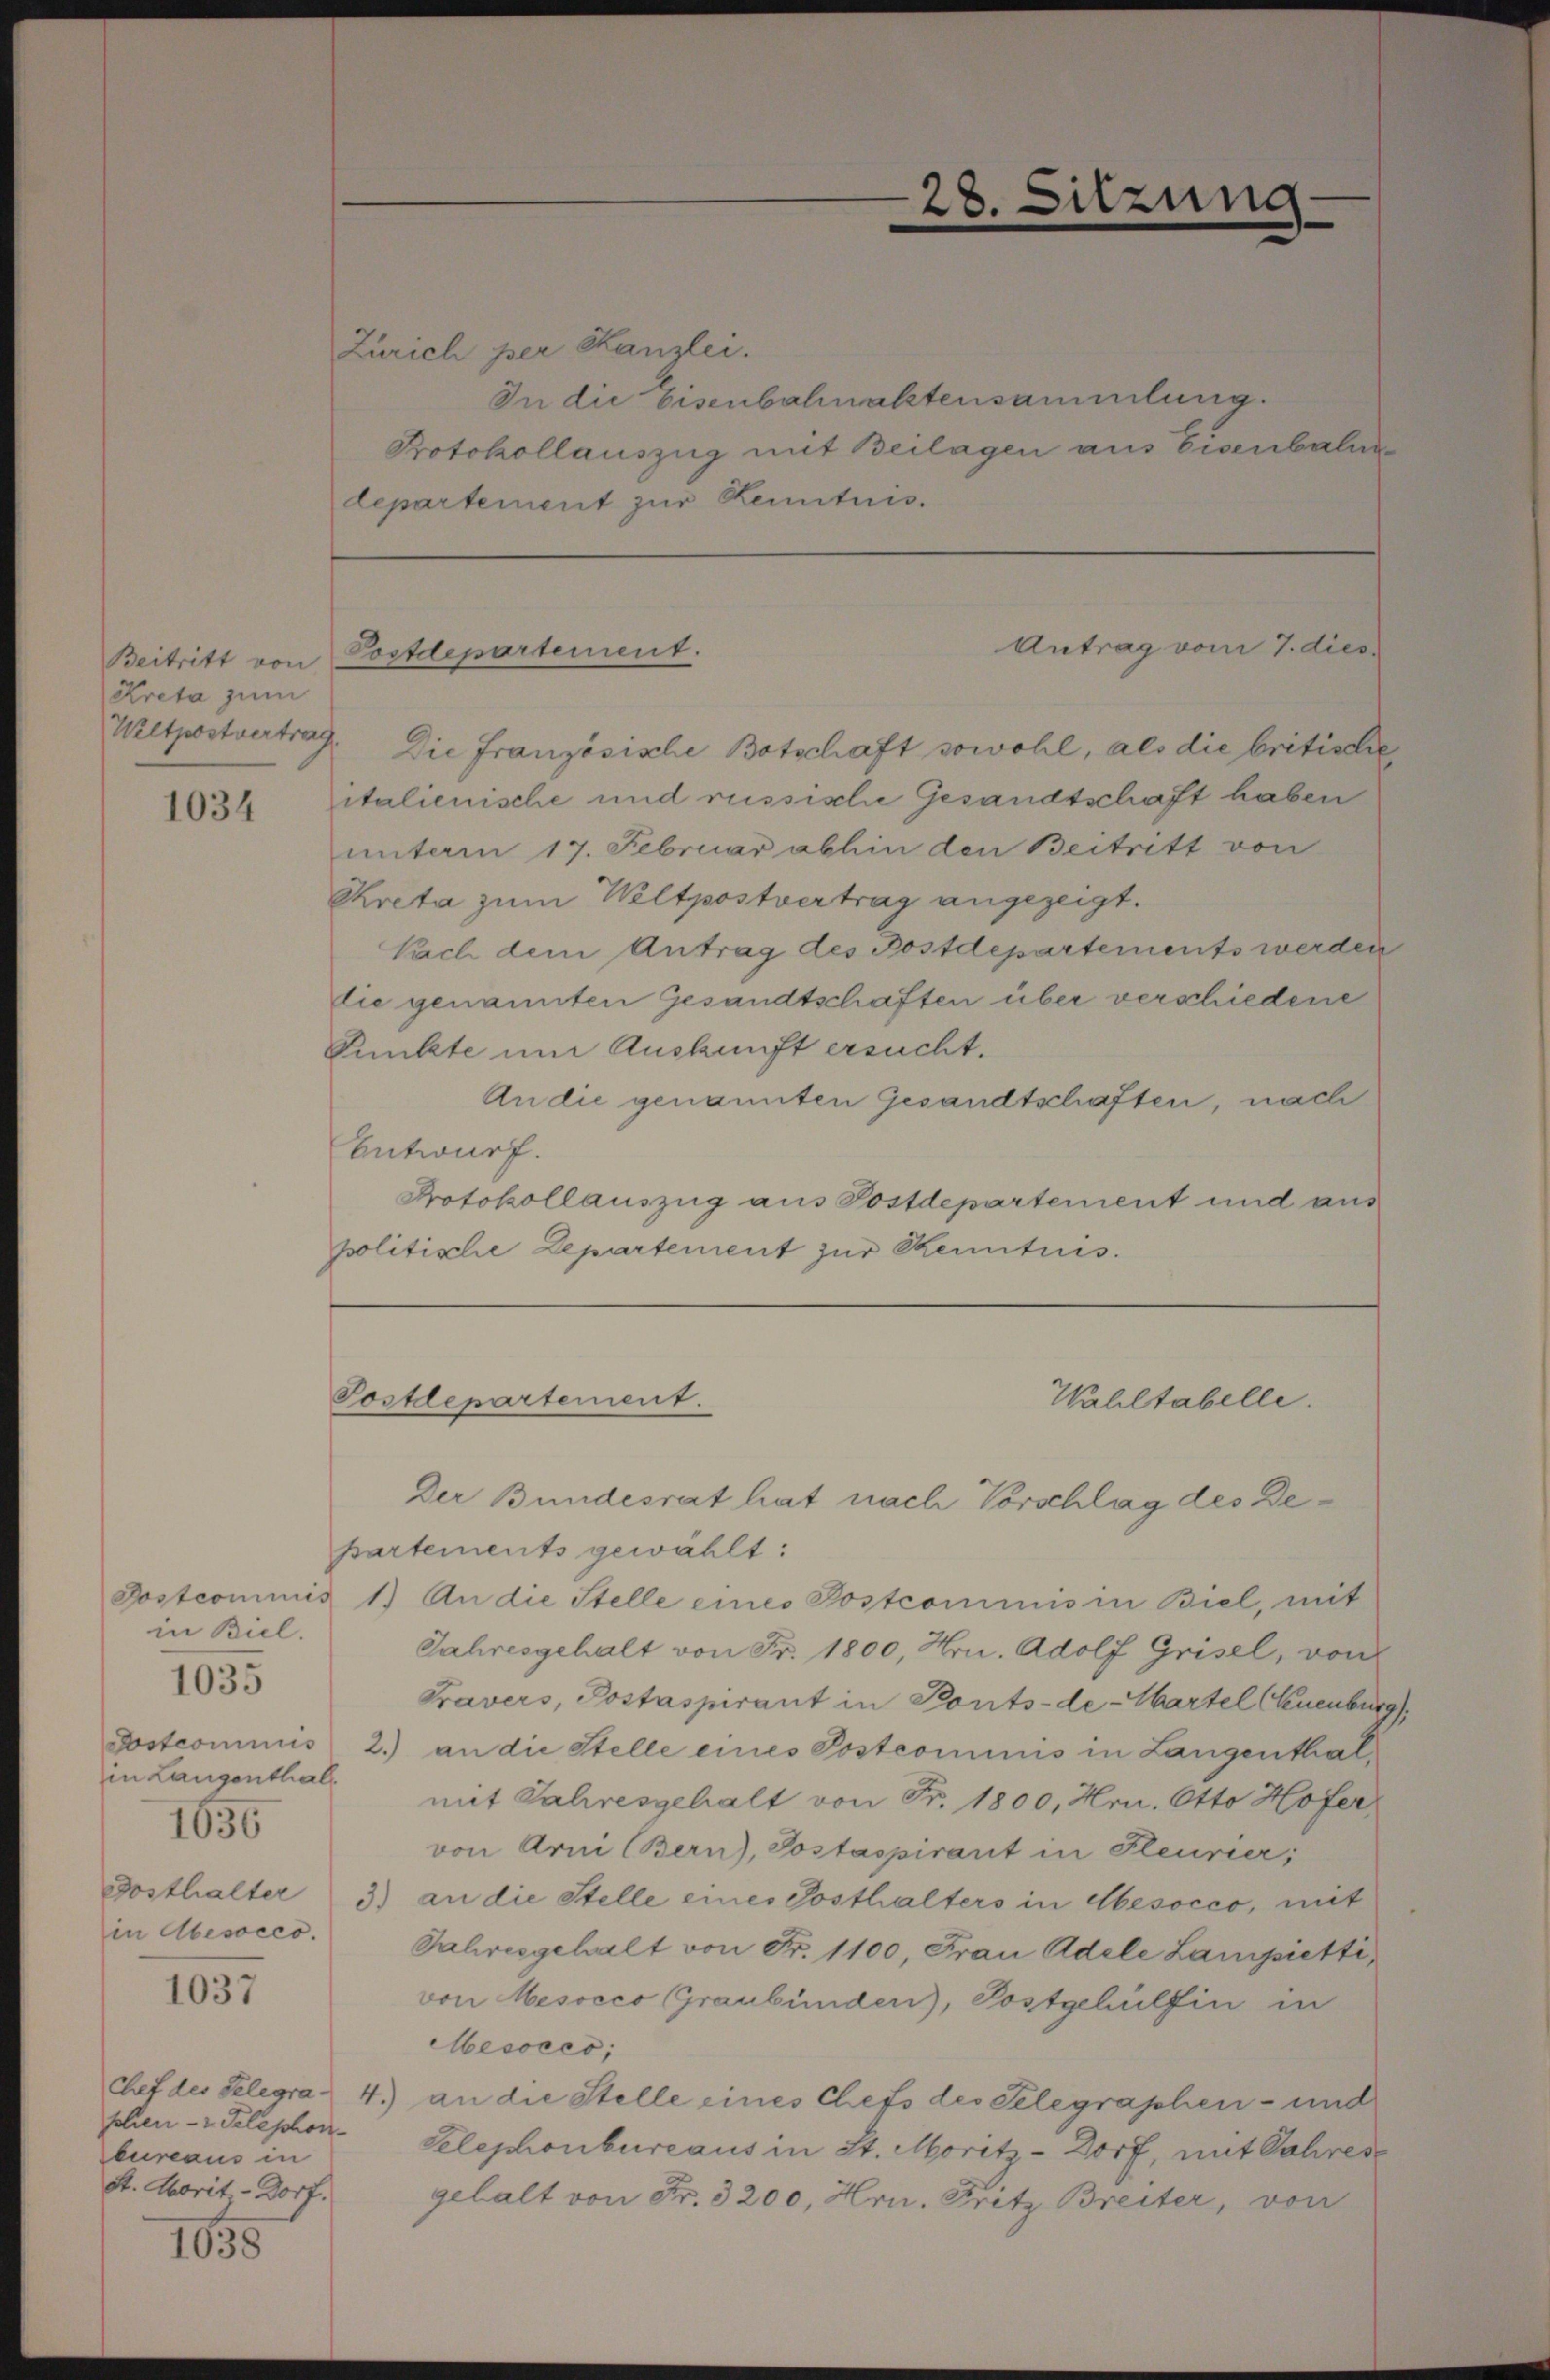
Beitritt von
Kreta zum

1034

in Biel.
in Langenthal
1656
in Abesocco.

1035

1037

sochen - z Telephon-
bureaus in
St. Morit-Dorf.

1855

Zürich per Kanzlei.
In die Eisenbahnaktensammlung.
Protokollauszug mit Beilagen aus Eisenbaln
departement zur Kenntnis.

Wltpostvertrag. Die Französische Botschaft sowohl, als die britische
italienische und russische Gesandtschaft haben
unterm 17. Februar abhin den Beitritt von
Kreta zum Wiltpostvertrag angezeigt.
Nach dem Antrag des Postdepartements werden
die genannten Gesandtschaften über verschiedene
Punkte um Auskunft ersucht.
An die genannten Gesandtschaften, nach
Entwurf.
Protokollauszug aus Postdepartement und aus
politische Departement zur Kenntnis.

Postdepartement.

Postdepartement.

2

.

Antrag vom 7. dies

Wahltabelle.

Der Bundesrat hat nach Vorschlag des De¬

partements gewählt:
Postcommis 1.) An die Stelle eines Postcommis in Biel, mit
Jahresgehalt von Fr. 1800, Hrn. Adolf Grisel, von
Pravers, Postaspirant in Ponts-de-Wartel (Cuenburg
Postcommis 2.) an die Stelle eines Postcommis in Langenthalmit Jahresgehalt von Fr. 1800, Hrn. Otto Hofer
von Arni (Bern), Postaspirant in Pleurier,
Dosthalter 3) an die Stelle eines Posthalters in Mesocco, mit
Jahresgehalt von Fr. 1100, Frau Adele Lampietti,
von Mesocco Graubünden), Postgehülfen in
Mesocco;
Chef des Selegra 4.) an die Stelle eines Chefs des Selegraphen- und
Telephonbureaus in St. Moritz-Dorf, mit Jahres
gehalt von Fr. 3200, Hrn. Fritz Breiter, von